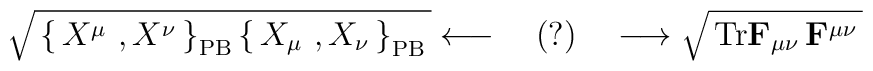
\sqrt{\,\left\{\, X^\mu\ , X^\nu\,\right\}_{\mathrm{PB}}	\left\{\, X_\mu\ , X_\nu\,\right\}_{\mathrm{PB}}\,}	\longleftarrow \quad (?)\quad\longrightarrow	\sqrt{\, \mathrm{Tr}\mathbf{F}_{\mu\nu}\,	 \mathbf{F}^{\mu\nu}\,}